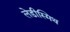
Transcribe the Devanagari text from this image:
लेडीस्मिथ